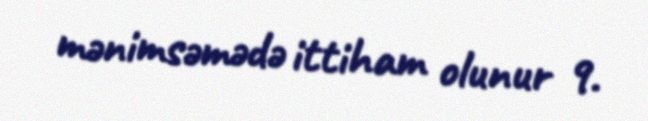
mənimsəmədə ittiham olunur 9.